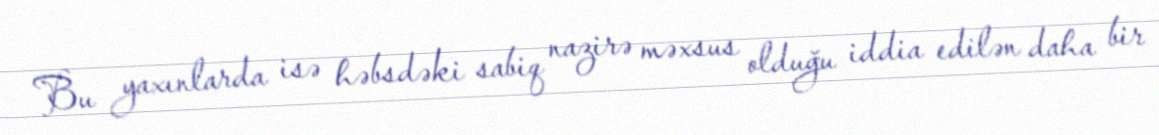
Bu yaxınlarda isə həbsdəki sabiq nazirə məxsus olduğu iddia edilən daha bir